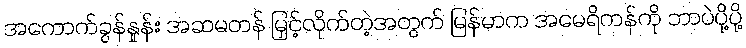
အကောက်ခွန်နှုန်း အဆမတန် မြှင့်လိုက်တဲ့အတွက် မြန်မာက အမေရိကန်ကို ဘာပဲပို့ပို့